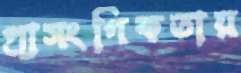
প্রাসংগিকতায়